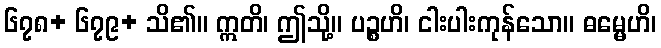
၆၇၈+ ၆၇၉+ သိ၏။ ဣတိ၊ ဤသို့။ ပဉ္စဟိ၊ ငါးပါးကုန်သော။ ဓမ္မေဟိ၊